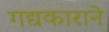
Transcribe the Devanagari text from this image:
गद्यकाराने